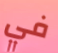
في